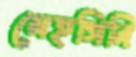
মেহগিনি